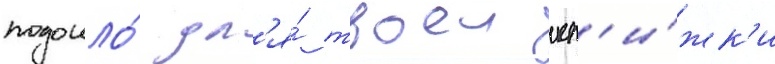
подошло́ дл'я́ твоеи кн'и́жк'и